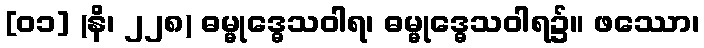
[၀၁] (နိ၊ ၂၂၈) ဓမ္မုဒ္ဓေသဝါရ၊ ဓမ္မုဒ္ဓေသဝါရ၌။ ဖဿော၊